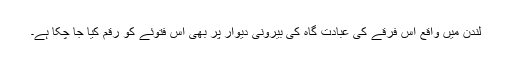
لندن میں واقع اس فرقے کی عبادت گاہ کی بیرونی دیوار پر بھی اس فتوئے کو رقم کیا جا چکا ہے۔